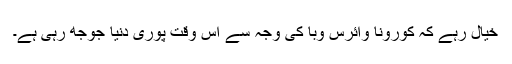
خیال رہے کہ کورونا وائرس وبا کی وجہ سے اس وقت پوری دنیا جوجھ رہی ہے۔